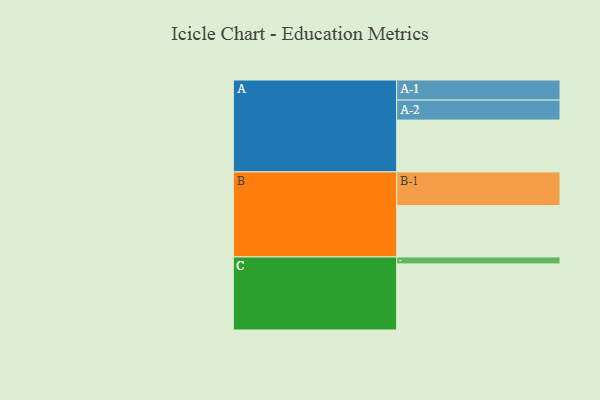
{"axis": {"x": "Segment", "y": "Value"}, "legend": ["", "A", "B", "C"], "data": [{"x": "A", "y": 448, "type": ""}, {"x": "B", "y": 444, "type": ""}, {"x": "C", "y": 572, "type": ""}, {"x": "A-1", "y": 174, "type": "A"}, {"x": "A-2", "y": 173, "type": "A"}, {"x": "B-1", "y": 292, "type": "B"}, {"x": "C-1", "y": 60, "type": "C"}]}